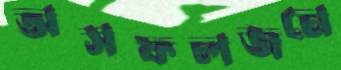
অসফলজনে